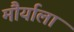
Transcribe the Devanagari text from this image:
मौर्याला